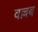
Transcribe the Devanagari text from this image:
वल्लब